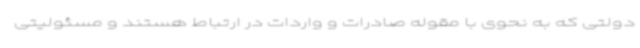
دولتی که به نحوی با مقوله صادرات و واردات در ارتباط هستند و مسئولیتی